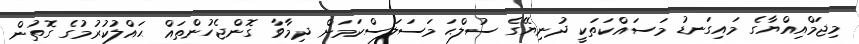
މިޖަމްއިއްޔާގެ މައިގަނޑު މަސައްކަތަކީ ދުނިޔޭގެ ސުލްޙަ މަސަލަސްކަމަށް ދިމާވާ ގޮންޖެހުންތައް ޙައްލުކުރުމުގެ ގޮތުން